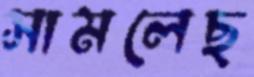
সামলেছ